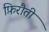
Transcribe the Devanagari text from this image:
फ़िरौती